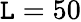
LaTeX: \mathtt{L}=50